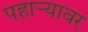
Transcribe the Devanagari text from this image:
पहाऱ्यावर